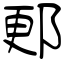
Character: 郠